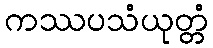
ကဿပသံယုတ္တံ